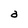
Character: a